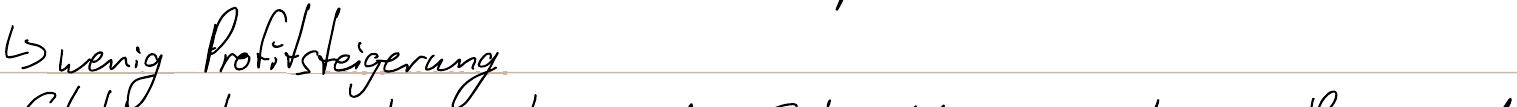
-> wenig Profitsteigerung